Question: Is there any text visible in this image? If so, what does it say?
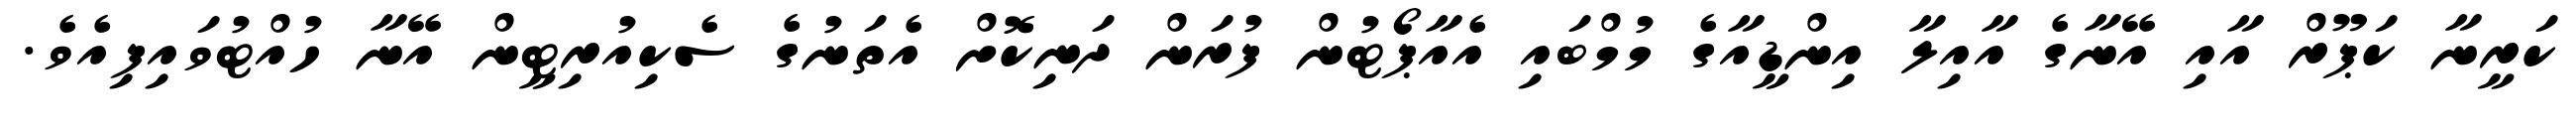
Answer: ކަރީނާ ކަޕޫރް އާއި އޭނާގެ އާއިލާ އިންޑީއާގެ މުމްބައި އެއާޕޯޓުން ފުރަން ދަނިކޮށް އެތަނުގެ ސެކިއުރިޓީން އޭނާ ހުއްޓުވައިފިއެވެ.